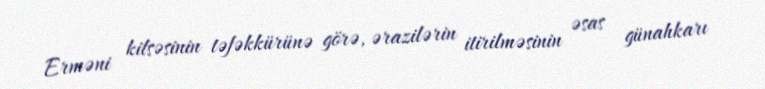
Erməni kilsəsinin təfəkkürünə görə, ərazilərin itirilməsinin əsas günahkarı